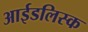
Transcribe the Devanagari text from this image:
आईडलिस्क